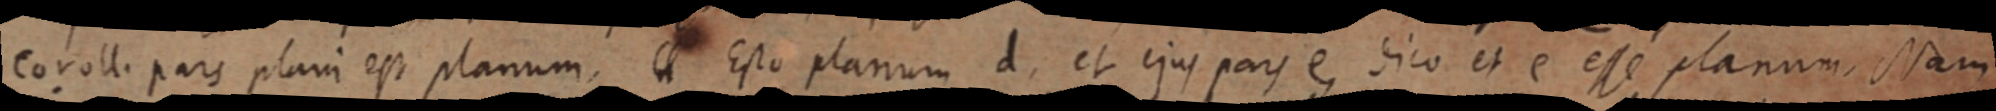
coroll. pars plani est planum. Esto planum d, et ejus pars e, dico et e esse planum, Nam